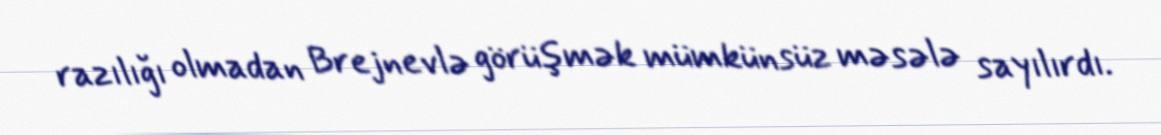
razılığı olmadan Brejnevlə görüşmək mümkünsüz məsələ sayılırdı.